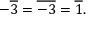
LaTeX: - { \overline { { 3 } } } = { \overline { { - 3 } } } = { \overline { { 1 } } } .